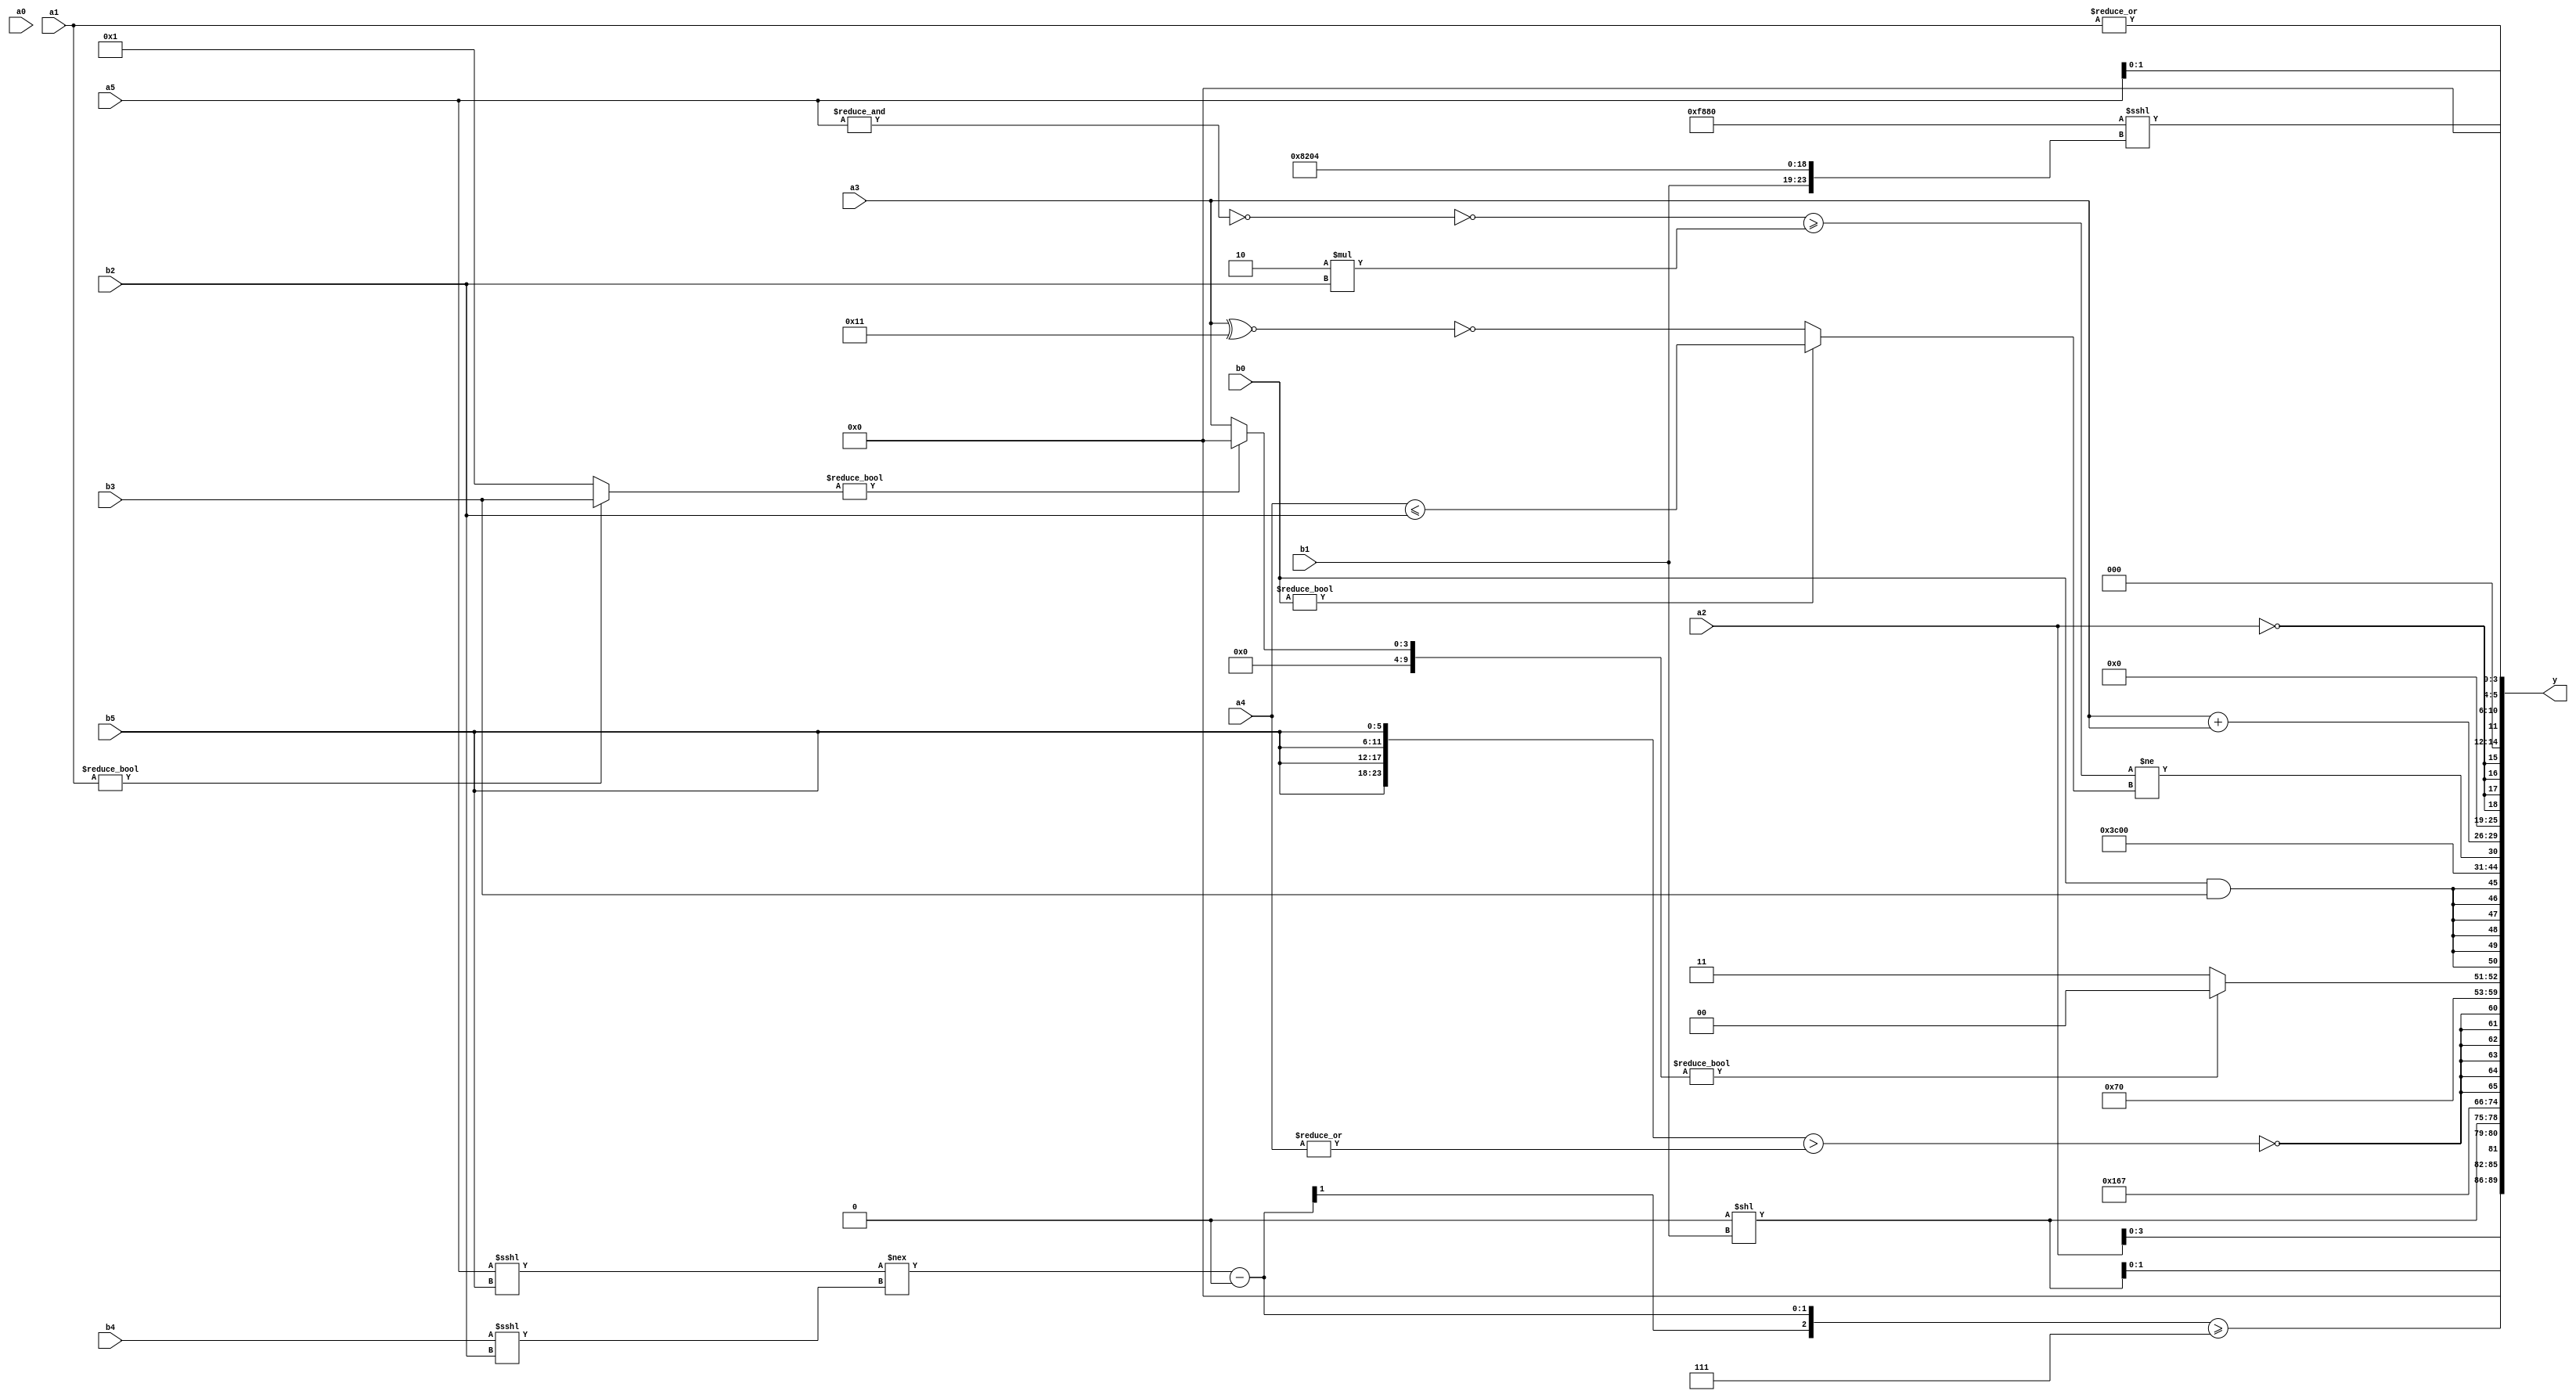
module expression_00192(a0, a1, a2, a3, a4, a5, b0, b1, b2, b3, b4, b5, y);
  input [3:0] a0;
  input [4:0] a1;
  input [5:0] a2;
  input signed [3:0] a3;
  input signed [4:0] a4;
  input signed [5:0] a5;

  input [3:0] b0;
  input [4:0] b1;
  input [5:0] b2;
  input signed [3:0] b3;
  input signed [4:0] b4;
  input signed [5:0] b5;

  wire [3:0] y0;
  wire [4:0] y1;
  wire [5:0] y2;
  wire signed [3:0] y3;
  wire signed [4:0] y4;
  wire signed [5:0] y5;
  wire [3:0] y6;
  wire [4:0] y7;
  wire [5:0] y8;
  wire signed [3:0] y9;
  wire signed [4:0] y10;
  wire signed [5:0] y11;
  wire [3:0] y12;
  wire [4:0] y13;
  wire [5:0] y14;
  wire signed [3:0] y15;
  wire signed [4:0] y16;
  wire signed [5:0] y17;

  output [89:0] y;
  assign y = {y0,y1,y2,y3,y4,y5,y6,y7,y8,y9,y10,y11,y12,y13,y14,y15,y16,y17};

  localparam [3:0] p0 = ((2'd2)/(2'sd1));
  localparam [4:0] p1 = (((-4'sd1)===(-3'sd2))===((3'sd3)||(-4'sd7)));
  localparam [5:0] p2 = (4'd12);
  localparam signed [3:0] p3 = {(-2'sd1),(2'd1),{4{(3'sd1)}}};
  localparam signed [4:0] p4 = (((-5'sd4)?(2'd3):(4'd10))?((4'sd7)===(2'd2)):{(-3'sd1),(4'd14)});
  localparam signed [5:0] p5 = (!({((4'sd2)&(3'd0)),((-4'sd4)>(4'd1))}>=({1{(2'd2)}}>{(3'd7),(3'd3)})));
  localparam [3:0] p6 = (-4'sd7);
  localparam [4:0] p7 = (-4'sd4);
  localparam [5:0] p8 = (+{{4{(3'd5)}},({4{(-4'sd0)}}<=(4'd2)),{(5'd29),(5'sd10),(4'd2)}});
  localparam signed [3:0] p9 = {(-2'sd0)};
  localparam signed [4:0] p10 = ((2'd1)<<(4'sd2));
  localparam signed [5:0] p11 = ((-4'sd4)>>>(2'd3));
  localparam [3:0] p12 = {3{(2'sd0)}};
  localparam [4:0] p13 = ((5'd9)?({(2'd1),(-2'sd0)}>={2{(3'd2)}}):((-4'sd1)?(-3'sd2):(3'sd3)));
  localparam [5:0] p14 = {(((2'sd1)!=(-3'sd2))>>{((5'd14)!=(4'd14))}),(((4'sd3)?(-4'sd6):(4'd1))?((2'sd0)?(-4'sd3):(2'sd1)):((2'd2)-(-3'sd2)))};
  localparam signed [3:0] p15 = ((2'sd1)!=(2'd0));
  localparam signed [4:0] p16 = ({3{((3'd7)|(4'd7))}}+(^((|(-2'sd1))>((-4'sd0)?(4'sd1):(-2'sd0)))));
  localparam signed [5:0] p17 = (~^{2{{(-3'sd3),(4'sd7),(-5'sd9)}}});

  assign y0 = ((-2'sd1)?(p4?p15:a2):(3'sd2));
  assign y1 = ((((a5<<<b5)!==(b4<<<b2))-{(3'd0)})>=(-2'sd1));
  assign y2 = {4{(p12<<b1)}};
  assign y3 = (5'sd11);
  assign y4 = (4'sd7);
  assign y5 = $signed((~&(-(-({4{b5}}>(^(|{p1,a4})))))));
  assign y6 = $signed({(p12>p0),(~&p15),(5'sd14)});
  assign y7 = ({((a1?b3:p15)?(p16?p4:p7):{p5,a3})}?(4'sd0):(+(2'd3)));
  assign y8 = $signed((b0&&b3));
  assign y9 = (4'd15);
  assign y10 = ((a4==b2)>>>(5'sd14));
  assign y11 = ($unsigned(((~(~&a5))>=(5'd2 * b2)))!=((a4?b0:b0)?(a4<=b2):(!(a3^~p14))));
  assign y12 = {1{{1{{1{{{2{a4}},(a2>>a0),(a3+a3)}}}}}}};
  assign y13 = $unsigned($signed(((((4'd6)&(5'd3))^$unsigned($unsigned((-3'sd0))))==$signed({3{(-3'sd2)}}))));
  assign y14 = {4{(!a2)}};
  assign y15 = (~^(-(~|a1)));
  assign y16 = ($unsigned(({(p3>>>p16),(p8<<<p13),(p5&p6)}<<<$unsigned($signed({(b1),{p15,p17,p13},(4'd2 * p0)})))));
  assign y17 = {2{$unsigned($signed({b1,a5,p12}))}};
endmodule